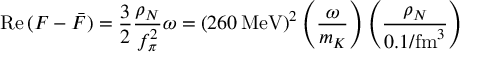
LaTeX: \mathrm { R e } \, ( F - \bar { F } ) = \frac { 3 } { 2 } \frac { \rho _ { N } } { f _ { \pi } ^ { 2 } } \omega = ( 2 6 0 \, \mathrm { M e V } ) ^ { 2 } \left( \frac { \omega } { m _ { K } } \right) \left( \frac { \rho _ { N } } { 0 . 1 / \mathrm { f m } ^ { 3 } } \right)